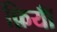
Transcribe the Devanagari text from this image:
फ़ियॉँ